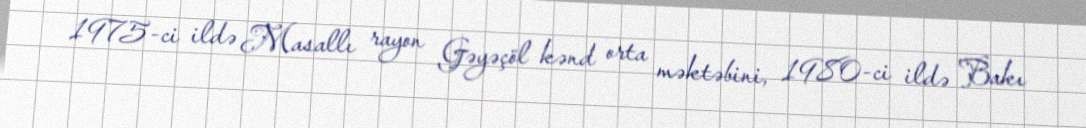
1975-ci ildə Masallı rayon Gəyəçöl kənd orta məktəbini, 1980-ci ildə Bakı